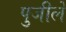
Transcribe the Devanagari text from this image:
पुजीले